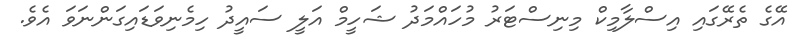
އޭގެ ތެރޭގައި އިސްލާމިކް މިނިސްޓަރު މުހައްމަދު ޝަހީމް އަލީ ސައީދު ހިމެނިވަޑައިގަންނަވަ އެވެ.